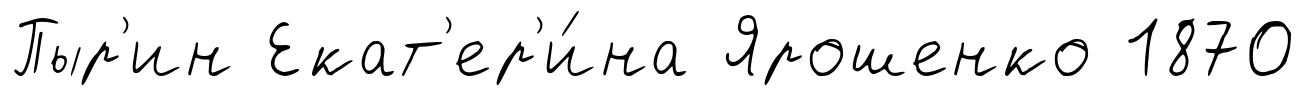
Пыр'ин Екат'ер'и́на Ярошенко 1870